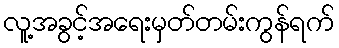
လူ့အခွင့်အရေးမှတ်တမ်းကွန်ရက်